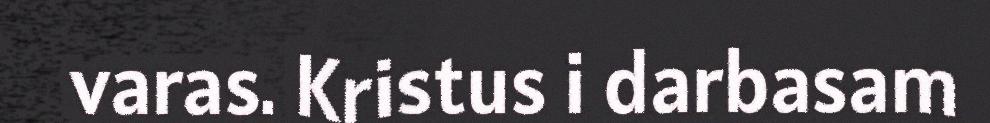
varas. Kristus i darbasam